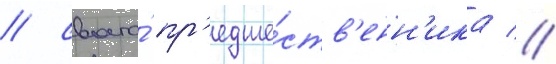
/ своего́ пр'едше́ств'енн'ика //